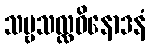
သဗ္ဗသလ္လဝိနောဒနံ